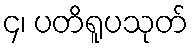
၄၊ ပတိရူပသုတ်